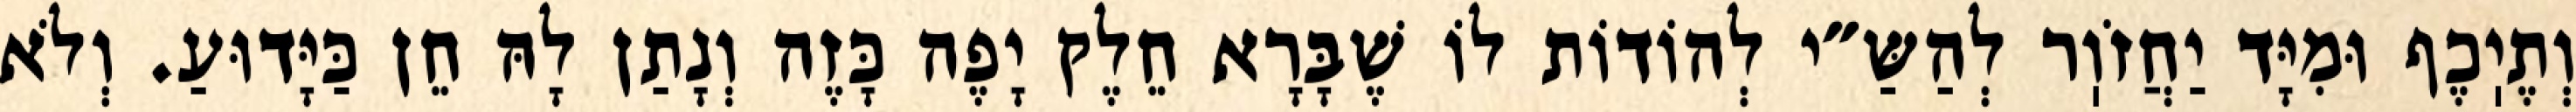
וְתֶיֽכֶף וּמִיָּד יַחֲזֹוֽר לְהַשַּ״י לְהוֹדוֹת לוֹ שֶׁבָּרָא חֵלֶק יָפֶה כָּזֶה וְנָתַן לָהּ חֵן כַּיָּדוּעַ. וְלֹא